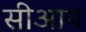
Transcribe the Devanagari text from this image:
सीआय